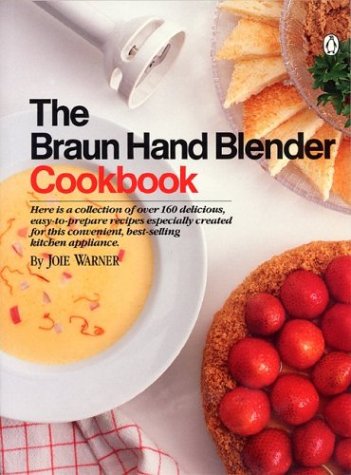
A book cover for Braun Hand Blender Cookbook; Joie Warner; Cookbooks, Food & Wine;